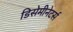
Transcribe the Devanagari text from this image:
डिसेमीनेटर्स